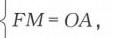
\(FM = OA\)，